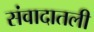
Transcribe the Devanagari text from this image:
संवादातली